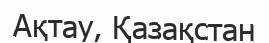
Ақтау, Қазақстан